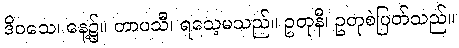
ဒိဝသေ၊ နေ့၌။ တာပသီ၊ ရသေ့မသည်။ ဥတုနီ၊ ဥတုစဲပြတ်သည်။